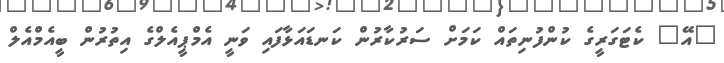
"އޭ" ކެޓަގަރީގެ ކުންފުނިތައް ކަމަށް ސަރުކާރުން ކަނޑައަޅާފައި ވަނީ އެމްޕީއެލްގެ އިތުރުން ބީއެމްއެލް